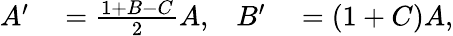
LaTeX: \begin{array}{rlrl}{A^{\prime}}&{{}=\frac{1+B-C}{2}A,}&{B^{\prime}}&{{}=(1+C)A,}\end{array}